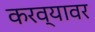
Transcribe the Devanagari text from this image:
करव्यावर